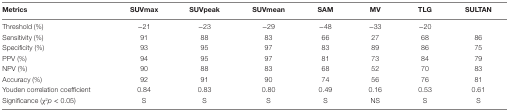
| Metrics | SUVmax | SUVpeak | SUVmean | SAM | MV | TLG | SULTAN |
 | --- | --- | --- | --- | --- | --- | --- | --- |
 | Threshold (%) | −21 | −23 | −29 | −48 | −33 | −20 |  |
 | Sensitivity (%) | 91 | 88 | 83 | 66 | 27 | 68 | 86 |
 | Specificity (%) | 93 | 95 | 97 | 83 | 89 | 86 | 75 |
 | PPV (%) | 94 | 95 | 97 | 81 | 73 | 84 | 79 |
 | NPV (%) | 90 | 88 | 83 | 68 | 52 | 70 | 83 |
 | Accuracy (%) | 92 | 91 | 90 | 74 | 56 | 76 | 81 |
 | Youden correlation coefficient | 0.84 | 0.83 | 0.80 | 0.49 | 0.16 | 0.53 | 0.61 |
 | Significance (χ2p < 0.05) | S | S | S | S | NS | S | S |